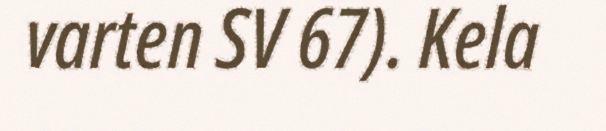
varten SV 67). Kela